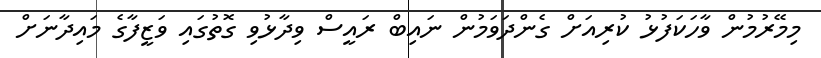
މިމޭރުމުން ވާހަކަފުޅު ކުރިއަށް ގެންދަވަމުން ނައިބް ރައީސް ވިދާޅުވި ގޮތުގައި ވަޒީފާގެ މައިދާނަށް